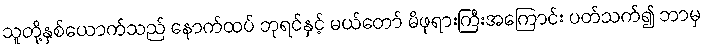
သူတို့နှစ်ယောက်သည် နောက်ထပ် ဘုရင်နှင့် မယ်တော် မိဖုရားကြီးအကြောင်း ပတ်သက်၍ ဘာမှ